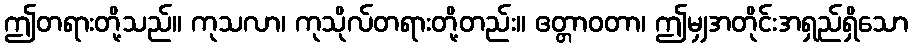
ဤတရားတို့သည်။ ကုသလာ၊ ကုသိုလ်တရားတို့တည်း။ ဧတ္တာဝတာ၊ ဤမျှအတိုင်းအရှည်ရှိသော